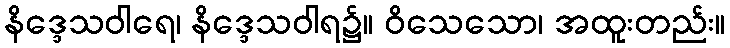
နိဒ္ဒေသဝါရေ၊ နိဒ္ဒေသဝါရ၌။ ဝိသေသော၊ အထူးတည်း။